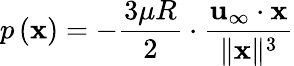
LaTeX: p\left(\mathbf{x}\right)=-{\frac{3\mu R}{2}}\cdot{\frac{\mathbf{u}_{\infty}\cdot\mathbf{x}}{\| \mathbf{x}\| ^{3}}}